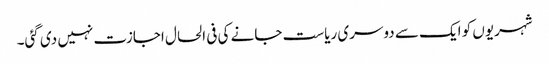
شہریوں کو ایک سے دوسری ریاست جانے کی فی الحال اجازت نہیں دی گئی۔